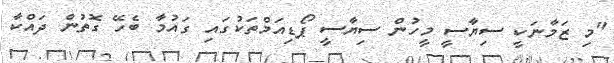
"މި ޒަމާނަކީ ސިޔާސީ މީހުން ސިޔާސީ ޕޯޑިއަމްތަކުގައި ގައުމާ ބެހޭ ގޮތުން ދައްކާ